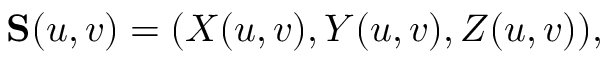
\mathbf { S } ( u , v ) = ( X ( u , v ) , Y ( u , v ) , Z ( u , v ) ) ,